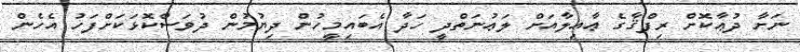
ނަށާ ދުޢާކޮށް ރިފްޤާގެ ޢާއިލާއަށް ލަޢުނަތްދީ ހަދާ އެބައިމީހުން ދިޔުމުން ދުވަސްކޮޅަކަށްފަހު އެހެން